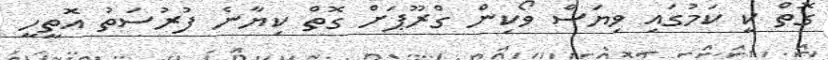
ގޮތް ކީ ކަމުގައި ވިޔަސް ވޯކިން ގްރޫޕަށް ގޮތް ކިޔާނެ ފުރުސަތު އޮތީހީ